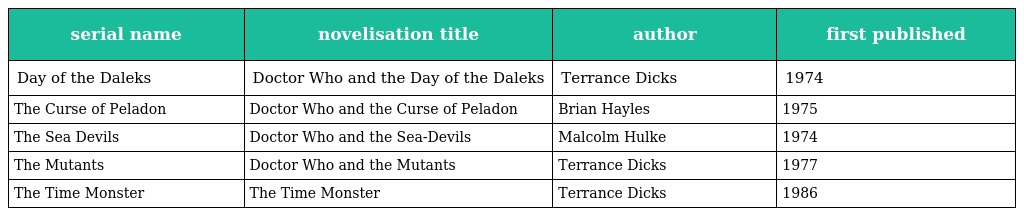
| serial name | novelisation title | author | first published |
 | --- | --- | --- | --- |
 | Day of the Daleks | Doctor Who and the Day of the Daleks | Terrance Dicks | 1974 |
 | The Curse of Peladon | Doctor Who and the Curse of Peladon | Brian Hayles | 1975 |
 | The Sea Devils | Doctor Who and the Sea-Devils | Malcolm Hulke | 1974 |
 | The Mutants | Doctor Who and the Mutants | Terrance Dicks | 1977 |
 | The Time Monster | The Time Monster | Terrance Dicks | 1986 |